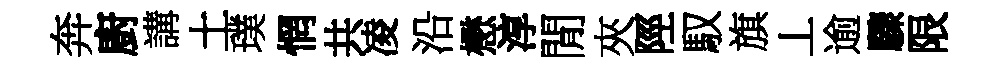
奔廚講土璞惘共凌沿懋淳閒夾陘馭旗丄逾驟限